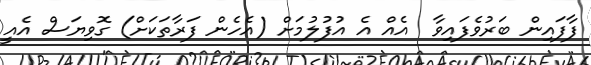
ފާފައިން ބަރުވެފައިވާ  އެއް އެ އުފުލުމަށް (އެހެން ފަރާތަކަށް) ގޮވިޔަސް އެއީ